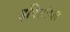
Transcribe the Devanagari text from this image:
इपिटॉप्स